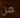
من